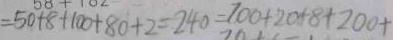
= 5 0 + 8 + 1 0 0 + 8 0 + 2 = 2 4 0 = 7 0 0 + 2 0 + 8 + 2 0 0 +